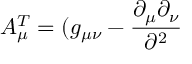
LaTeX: A _ { \mu } ^ { T } = ( g _ { \mu \nu } - \frac { \partial _ { \mu } \partial _ { \nu } } { \partial ^ { 2 } }